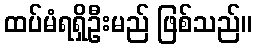
ထပ်မံရရှိဦးမည် ဖြစ်သည်။